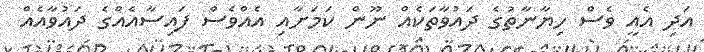
އަދި އެއީ ވެސް ހިޔާނާތުގެ ދައުވާތަކެއް ނޫން ކަމަށާއި އެއްވެސް ފައިސާއެއްގެ ދައުވާއެއް